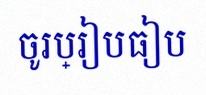
ចូរប្រៀបធៀប